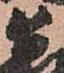
幸